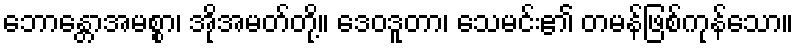
ဘောန္တောအမစ္စာ၊ အိုအမတ်တို့။ ဒေဝဒူတာ၊ သေမင်း၏ တမန်ဖြစ်ကုန်သော။